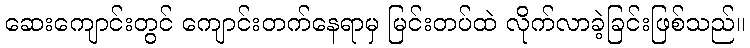
ဆေးကျောင်းတွင် ကျောင်းတက်နေရာမှ မြင်းတပ်ထဲ လိုက်လာခဲ့ခြင်းဖြစ်သည်။